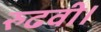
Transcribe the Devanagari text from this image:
रुढवी।